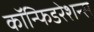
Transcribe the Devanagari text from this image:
कॉन्फिडरेशन्स